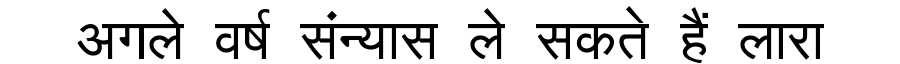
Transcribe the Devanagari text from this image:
अगले वर्ष संन्यास ले सकते हैं लारा